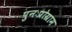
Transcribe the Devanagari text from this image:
पुनःप्रोग्राम